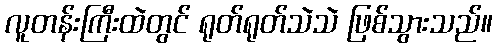
လူတန်းကြီးထဲတွင် ရုတ်ရုတ်သဲသဲ ဖြစ်သွားသည်။